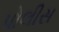
પોલીસ